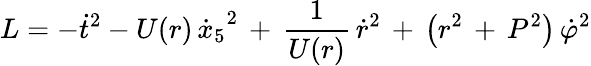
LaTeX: L=-{\dot{t}}^{2}-U(r)\, {\dot{x}_{5}}^{2}\, +\, \frac{1}{U(r)}\, {\dot{r}}^{2}\, +\, \left(r^{2}\, +\, P^{2}\right)\, {\dot{\varphi}}^{2}